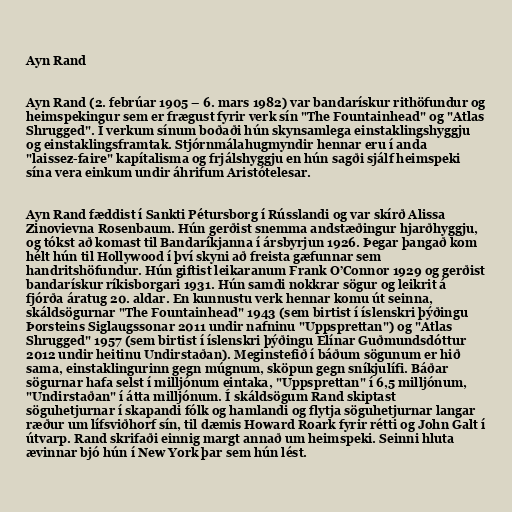
Ayn Rand

Ayn Rand (2. febrúar 1905 – 6. mars 1982) var bandarískur rithöfundur og
heimspekingur sem er frægust fyrir verk sín "The Fountainhead" og "Atlas
Shrugged". Í verkum sínum boðaði hún skynsamlega einstaklingshyggju
og einstaklingsframtak. Stjórnmálahugmyndir hennar eru í anda
"laissez-faire" kapítalisma og frjálshyggju en hún sagði sjálf heimspeki
sína vera einkum undir áhrifum Aristótelesar.

Ayn Rand fæddist í Sankti Pétursborg í Rússlandi og var skírð Alissa
Zinovievna Rosenbaum. Hún gerðist snemma andstæðingur hjarðhyggju,
og tókst að komast til Bandaríkjanna í ársbyrjun 1926. Þegar þangað kom
hélt hún til Hollywood í því skyni að freista gæfunnar sem
handritshöfundur. Hún giftist leikaranum Frank O’Connor 1929 og gerðist
bandarískur ríkisborgari 1931. Hún samdi nokkrar sögur og leikrit á
fjórða áratug 20. aldar. En kunnustu verk hennar komu út seinna,
skáldsögurnar "The Fountainhead" 1943 (sem birtist í íslenskri þýðingu
Þorsteins Siglaugssonar 2011 undir nafninu "Uppsprettan") og "Atlas
Shrugged" 1957 (sem birtist í íslenskri þýðingu Elínar Guðmundsdóttur
2012 undir heitinu Undirstaðan). Meginstefið í báðum sögunum er hið
sama, einstaklingurinn gegn múgnum, sköpun gegn sníkjulífi. Báðar
sögurnar hafa selst í milljónum eintaka, "Uppsprettan" í 6,5 milljónum,
"Undirstaðan" í átta milljónum. Í skáldsögum Rand skiptast
söguhetjurnar í skapandi fólk og hamlandi og flytja söguhetjurnar langar
ræður um lífsviðhorf sín, til dæmis Howard Roark fyrir rétti og John Galt í
útvarp. Rand skrifaði einnig margt annað um heimspeki. Seinni hluta
ævinnar bjó hún í New York þar sem hún lést.